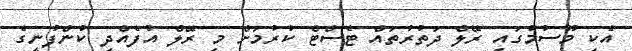
އެކި މޫސުމުގައި ރޭލް ދަތުރުތައް ޓެސްޓް ކުރުމަށް މި ރޭލް އުފެއްދި ކުންފުނީގެ